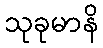
သုခုမာနိ